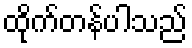
ထိုက်တန်ပါသည်